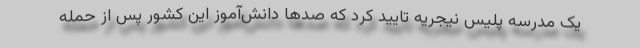
یک مدرسه پلیس نیجریه تایید کرد که صدها دانش‌آموز این کشور پس از حمله